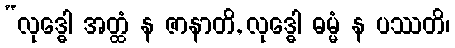
“လုဒ္ဓေါ အတ္ထံ န ဇာနာတိ, လုဒ္ဓေါ ဓမ္မံ န ပဿတိ၊